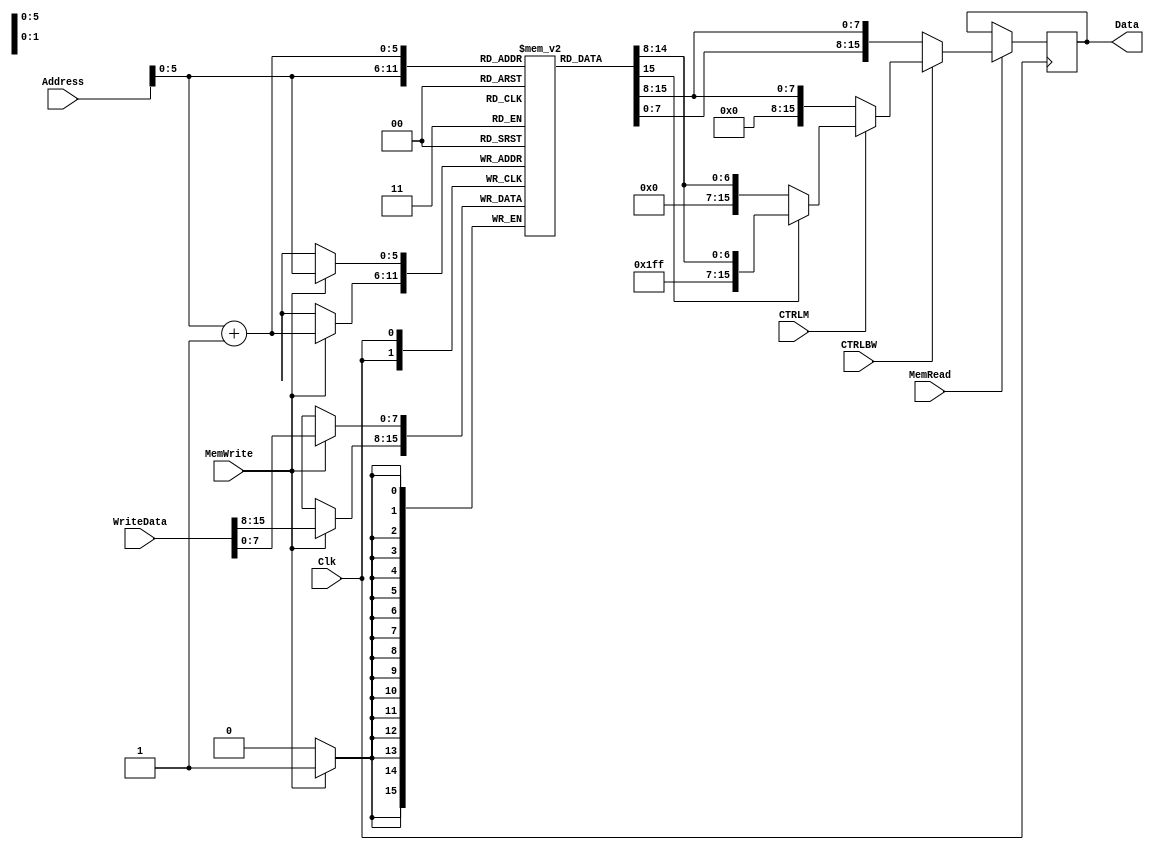
module DataMemory(Address,MemWrite,MemRead,Clk,CTRLBW,CTRLM,WriteData,Data);
	input [15:0] Address,WriteData;
	input MemWrite,MemRead,Clk,CTRLBW,CTRLM;
	output reg [15:0] Data;
	
	reg [7:0] register[63:0];
				 
	
	initial
		begin
		register[0] = 8'h00;
		register[1] = 8'h08;
		register[2] = 8'h78;
		register[3] = 8'hF6;
		register[4] = 8'h82;
		register[5] = 8'h80;
		register[6] = 8'h90;
		register[7] = 8'hEC;
		register[8] = 8'h96;
		register[9] = 8'h8E;
		register[10] = 8'h07;
		register[11] = 8'h00;
		register[12] = 8'hA6;
		register[13] = 8'hA0;
		register[14] = 8'h02;
		register[15] = 8'h10;
		register[16] = 8'h76;
		register[17] = 8'hF0;
		register[18] = 8'h84;
		register[19] = 8'h16;
		register[20] = 8'hA8;
		register[21] = 8'h64;
		register[22] = 8'h68;
		register[23] = 8'h0E;
		register[24] = 8'hB6;
		register[25] = 8'h08;
		register[26] = 8'h8A;
		register[27] = 8'h84; 
		register[28] = 8'hE8;
		register[29] = 8'hE0;
		register[30] = 8'h14;
		register[31] = 8'h0;	 
		end	   
		//---------------------Read in Memory--------------------------------
		always@(negedge Clk)
			begin
				if(MemRead)	 
					if(CTRLBW) 
						if(CTRLM)  	   						//For LBu
							if(register[Address][7] == 1)
							Data <= {8'hff , register[Address]};
						    else 
							Data <= {8'h00 , register[Address]}; 
						else 
						   Data <= {8'h00 , register[Address]};
				     else 
					 	 Data <= {register[Address + 1], register[Address]};	 //for any 
			end	 
			
			
			 //---------------------Wtire in Memory--------------------------------
			always@(posedge Clk)
			begin
				if(MemWrite) 
					begin	 
					register[Address] <= WriteData[7:0];	 //Store the First Byte
					register[Address+1] <= WriteData[15:8]; 
					end
			end
		
endmodule